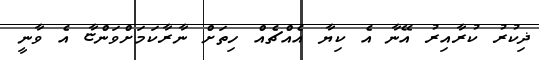
ޛިކުރު ކުރާއިރު އޭނާ އެ ކިޔާ އެއްޗެއް ހިތަށް ނާރާކަމަށްވަންޏާ އެ ވާނީ